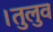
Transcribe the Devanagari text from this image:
।तुलुव